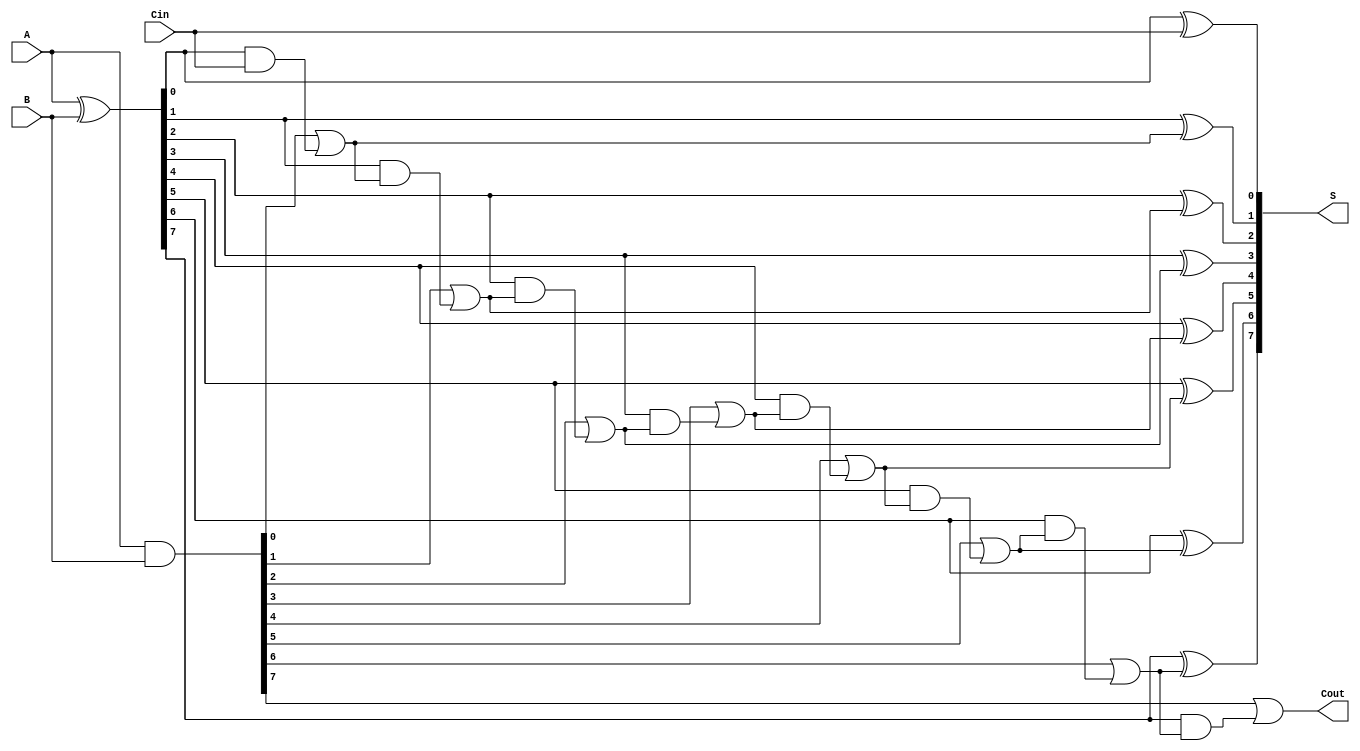
module KoggeStoneAdder #(parameter n = 8) (
    input  [n-1:0] A,   // First n-bit input
    input  [n-1:0] B,   // Second n-bit input
    input          Cin,  // Carry-in
    output [n-1:0] S,    // n-bit sum output
    output         Cout   // Carry-out
);

    wire [n-1:0] G;         // Generate signals
    wire [n-1:0] P;         // Propagate signals
    wire [n-1:0] C[n-1:0];  // Carry signals for each stage

    // Generate and Propagate calculations
    assign G = A & B;           // G[i] = A[i] & B[i]
    assign P = A ^ B;           // P[i] = A[i] ^ B[i]

    // Stage 0 carry calculation (C[0][i])
    assign C[0][0] = G[0] | (P[0] & Cin);
    genvar i;
    generate
        for (i = 1; i < n; i = i + 1) begin : stage0
            assign C[0][i] = G[i] | (P[i] & C[0][i-1]);
        end
    endgenerate

    // Carry calculations for higher stages
    genvar k, j;
    generate
        for (k = 1; k < n; k = k + 1) begin : stages
            for (j = 0; j < n; j = j + 1) begin : stage
                if (j == 0) begin
                    assign C[k][j] = G[j] | (P[j] & C[k-1][j]);
                end else if (j == 1) begin
                    assign C[k][j] = G[j] | (P[j] & G[j-1]) | (P[j] & P[j-1] & C[k-1][j-2]);
                end else begin
                    assign C[k][j] = G[j] | (P[j] & G[j-1]) | (P[j] & P[j-1] & C[k-1][j-2]);
                end
            end
        end
    endgenerate

    // Sum calculation
    assign S[0] = P[0] ^ Cin; // S[0] = P[0] ^ Cin
    generate
        for (i = 1; i < n; i = i + 1) begin : sum
            assign S[i] = P[i] ^ C[0][i-1];
        end
    endgenerate

    // Final carry-out calculation
    assign Cout = G[n-1] | (P[n-1] & C[0][n-2]);

endmodule